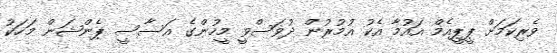
ވެރިކަމަށް ޕީޕީއެމް އައުމާ އެކު އުމުރުން ދުވަސްވީ މީހުންގެ އަސާސީ ޕެންޝަން މަހަކު